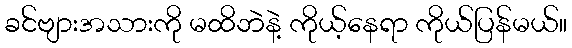
ခင်ဗျားအသားကို မထိဘဲနဲ့ ကိုယ့်နေရာ ကိုယ်ပြန်မယ်။